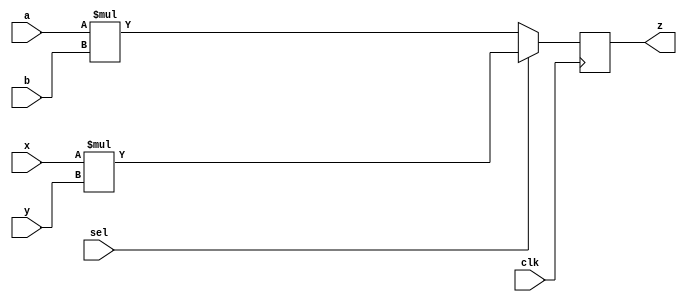
module mux_mul(clk,a, b, x, y, sel, z);
	input clk;
	input [7:0] a,b,x,y;
	input sel;
	output reg [15:0] z;

	always @(posedge clk) begin
		if (sel == 1'b0)
			z = a*b;
		else
			z = x*y;
	end

endmodule